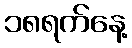
၁၈ရက်နေ့